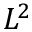
L ^ { 2 }